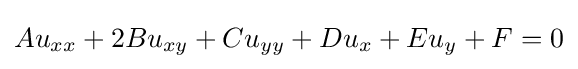
Au_{xx}+2Bu_{xy}+Cu_{yy}+Du_{x}+Eu_{y}+F=0